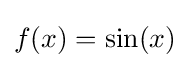
f(x)=\sin(x)